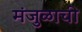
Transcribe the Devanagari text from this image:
मंजुळाची